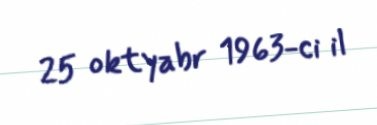
25 oktyabr 1963-ci il